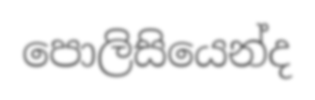
පොලිසියෙන්ද